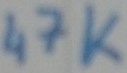
Text: 47K